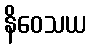
နိဝေသယ